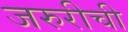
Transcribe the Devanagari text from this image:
जरुरीची